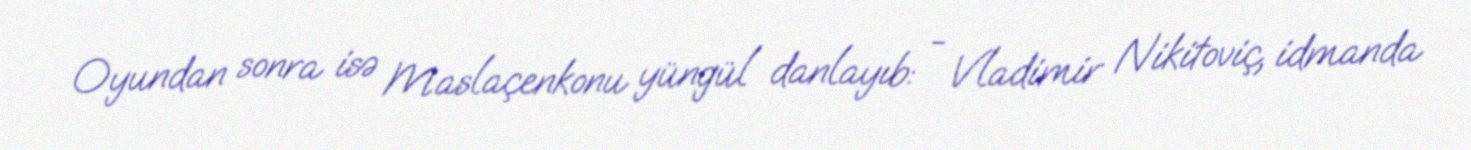
Oyundan sonra isə Maslaçenkonu yüngül danlayıb: - Vladimir Nikitoviç, idmanda